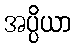
အပ္ပိယာ